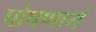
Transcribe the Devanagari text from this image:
पोषणार्थ